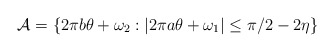
\begin{align*}\mathcal{A} = \left\{2\pi b\theta+\omega_2:|2\pi a\theta + \omega_1|\leq \pi/2-2\eta\right\}\end{align*}